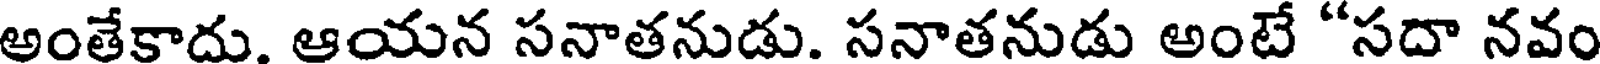
అంతేకాదు. ఆయన సనాతనుడు. సనాతనుడు అంటే "సదా నవం